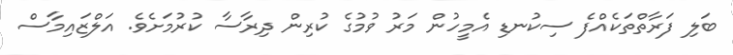
ބަލި ފަރާތްތަކެއްފެ ސިކުނޑި އެމީހުން މަރު ވުމުގެ ކުރިން ދިރާސާ ކުރުމަށެވެ. އަލްޒައިމާސް